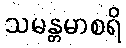
သမန္တမာစရိ